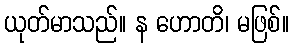
ယုတ်မာသည်။ န ဟောတိ၊ မဖြစ်။